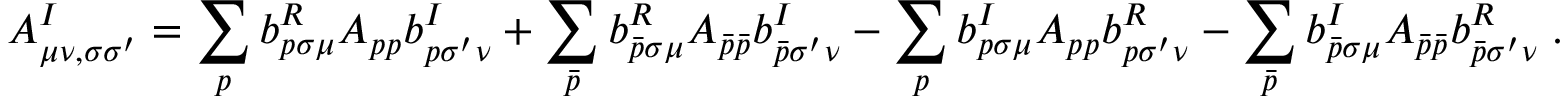
A _ { \mu \nu , \sigma \sigma ^ { \prime } } ^ { I } = \sum _ { p } b _ { p \sigma \mu } ^ { R } A _ { p p } b _ { p \sigma ^ { \prime } \nu } ^ { I } + \sum _ { \bar { p } } b _ { \bar { p } \sigma \mu } ^ { R } A _ { \bar { p } \bar { p } } b _ { \bar { p } \sigma ^ { \prime } \nu } ^ { I } - \sum _ { p } b _ { p \sigma \mu } ^ { I } A _ { p p } b _ { p \sigma ^ { \prime } \nu } ^ { R } - \sum _ { \bar { p } } b _ { \bar { p } \sigma \mu } ^ { I } A _ { \bar { p } \bar { p } } b _ { \bar { p } \sigma ^ { \prime } \nu } ^ { R } \; .